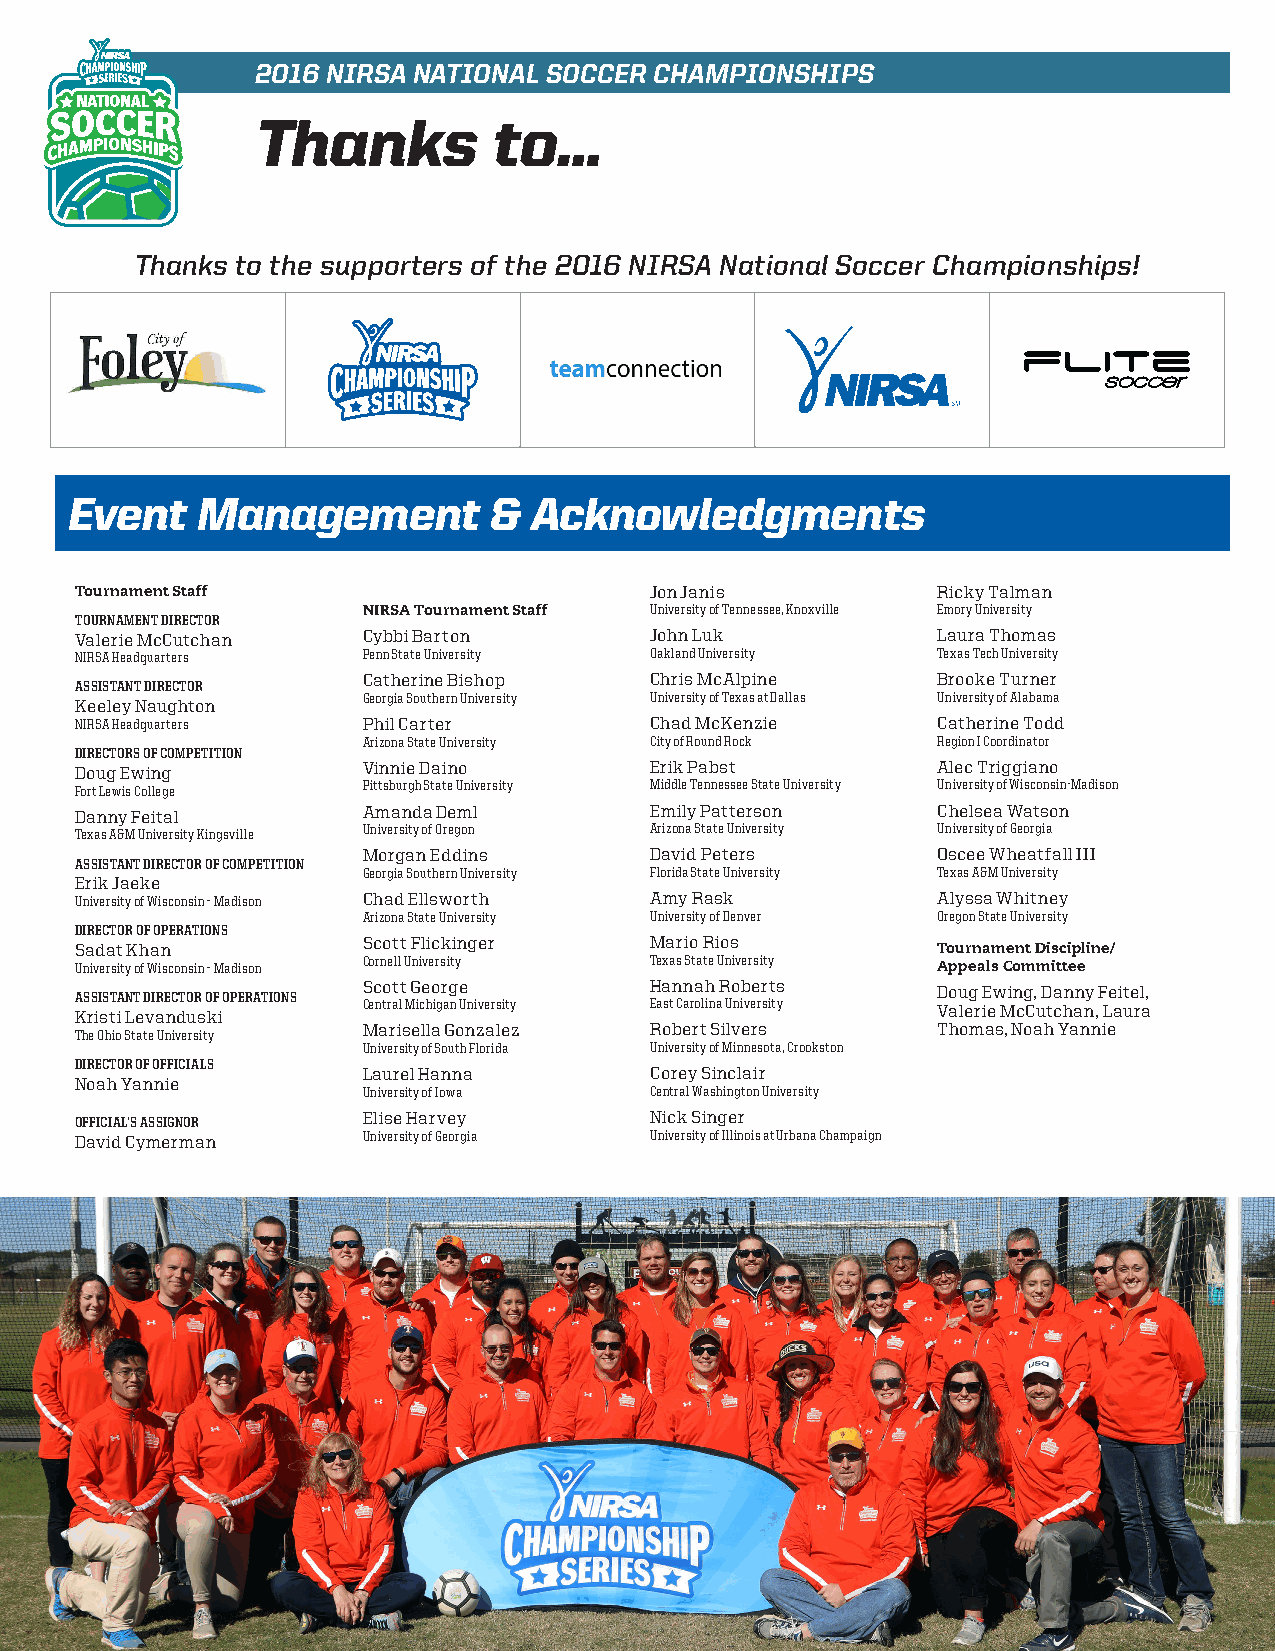
2016 NIRSA NATIONAL SOCCER CHAMPIONSHIPS
 Thanks          to…
 Thanks to the supporters of the 2016 NIRSA National Soccer Championships!
 Event    Management         &  Acknowledgments
 Tournament Staff                      Jon Janis          Ricky Talman
 NIRSA Tournament Staff University of Tennessee, Knoxville Emory University
 TOURNAMENT DIRECTOR
 Valerie McCutchan  Cybbi Barton       John Luk           Laura Thomas
 NIRSA Headquarters Penn State University Oakland University Texas Tech University
 Catherine Bishop   Chris McAlpine     Brooke Turner
 ASSISTANT DIRECTOR
 Georgia Southern University University of Texas at Dallas University of Alabama
 Keeley Naughton
 NIRSA Headquarters Phil Carter        Chad McKenzie      Catherine Todd
 Arizona State University City of Round Rock Region I Coordinator
 DIRECTORS OF COMPETITION
 Doug Ewing         Vinnie Daino       Erik Pabst         Alec Triggiano
 Fort Lewis College Pittsburgh State University Middle Tennessee State University University of Wisconsin-Madison
 Danny Feital       Amanda Deml        Emily Patterson    Chelsea Watson
 Texas A&M University Kingsville University of Oregon Arizona State University University of Georgia
 Morgan Eddins      David Peters       Oscee Wheatfall III
 ASSISTANT DIRECTOR OF COMPETITION
 Georgia Southern University Florida State University Texas A&M University
 Erik Jaeke
 University of Wisconsin – Madison Chad Ellsworth Amy Rask Alyssa Whitney
 Arizona State University University of Denver Oregon State University
 DIRECTOR OF OPERATIONS
 Scott Flickinger   Mario Rios
 Sadat Khan                                               Tournament Discipline/
 Cornell University Texas State University
 University of Wisconsin – Madison                        Appeals Committee
 Scott George       Hannah Roberts     Doug Ewing, Danny Feitel,
 ASSISTANT DIRECTOR OF OPERATIONS
 Kristi Levanduski  Central Michigan University East Carolina University Valerie McCutchan, Laura
 The Ohio State University Marisella Gonzalez Robert Silvers Thomas, Noah Yannie
 University of South Florida University of Minnesota, Crookston
 DIRECTOR OF OFFICIALS
 Laurel Hanna       Corey Sinclair
 Noah Yannie
 University of Iowa Central Washington University
 OFFICIAL’S ASSIGNOR Elise Harvey      Nick Singer
 David Cymerman     University of Georgia University of Illinois at Urbana Champaign